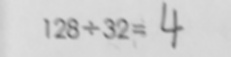
1 2 8 \div 3 2 = 4